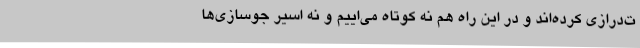
ت‌درازی کرده‌اند و در این راه هم نه کوتاه می‌اییم و نه اسیر جوسازی‌ها